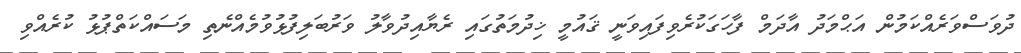
ދުވަސްވަރެއްކަމުން އަޙްމަދު އާދަމް ފާހަގަކުރެވިފައިވަނީ ޤައުމީ ޚިދުމަތުގައި ރެޔާއިދުވާލު ވަރުބަލިފުޅުވުމެއްނެތި މަސައްކަތްޕުޅު ކުރެއްވި